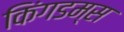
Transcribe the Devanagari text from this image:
किंगडम्स